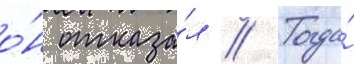
о́н отказа́л // Тогда́